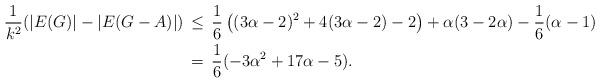
LaTeX: \begin{align*}\frac{1}{k^2}(|E(G)| - |E(G - A)|) \,&\leq\, \frac{1}{6}\left((3\alpha-2)^2+4(3\alpha-2)-2\right) + \alpha (3-2\alpha) - \frac{1}{6}(\alpha-1)\,\\&=\,\frac{1}{6} (-3 \alpha^2+17 \alpha-5).\end{align*}